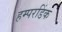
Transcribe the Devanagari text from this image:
हम्परडिंक